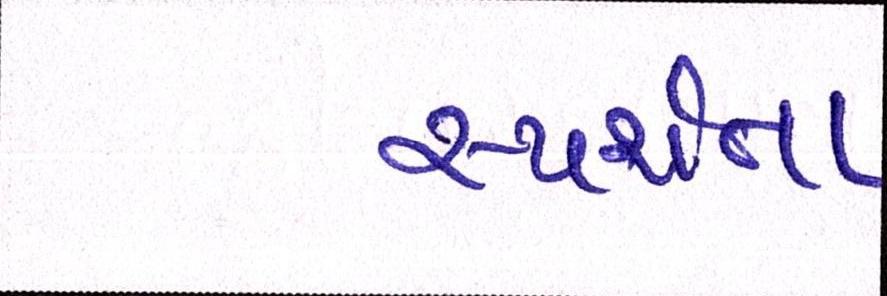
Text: સ્પર્શતા